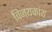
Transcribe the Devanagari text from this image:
विजयकांथ